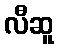
လီဆူ